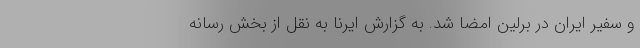
و سفیر ایران در برلین امضا شد. به گزارش ایرنا به نقل از بخش رسانه